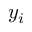
y _ { i }